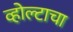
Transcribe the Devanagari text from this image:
व्होल्टाचा